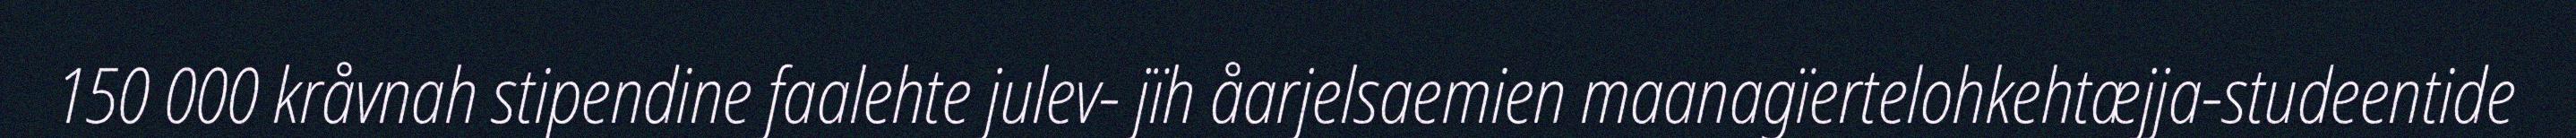
150 000 kråvnah stipendine faalehte julev- jïh åarjelsaemien maanagïertelohkehtæjja-studeentide